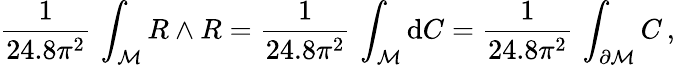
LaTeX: \frac{1}{24.8\pi^{2}}\, \int_{\cal M}R\wedge R=\frac{1}{24.8\pi^{2}}\, \int_{{\cal M}}\mathrm{d}C=\frac{1}{24.8\pi^{2}}\, \int_{\partial{\cal M}}C\, ,